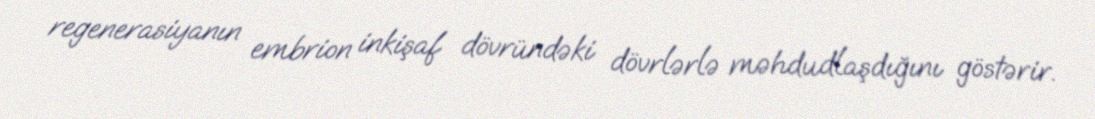
regenerasiyanın embrion inkişaf dövründəki dövrlərlə məhdudlaşdığını göstərir.